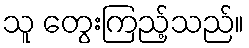
သူ တွေးကြည့်သည်။